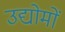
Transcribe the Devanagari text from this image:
उद्योमों